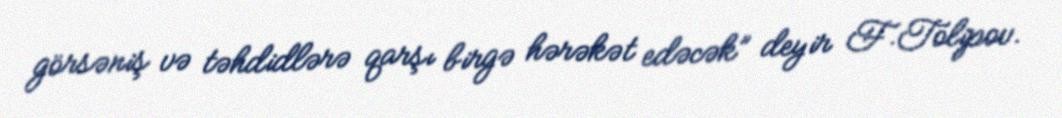
görsəniş və təhdidlərə qarşı birgə hərəkət edəcək” deyir F.Tolipov.